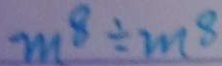
m ^ { 8 } \div m ^ { 8 }